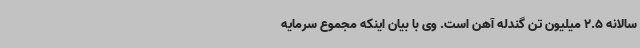
سالانه 2.5 میلیون تن گندله آهن است. وی با بیان اینکه مجموع سرمایه